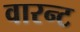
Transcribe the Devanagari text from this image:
वारन्‍ट